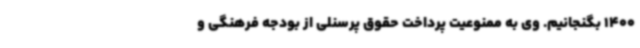
1400 بگنجانیم. وی به ممنوعیت پرداخت حقوق پرسنلی از بودجه فرهنگی و